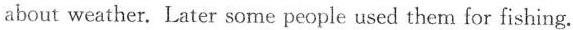
about weather. Later some people used them for fishing.